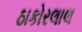
ઠાકોરલાલ